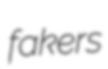
fakers